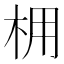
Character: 𪱽